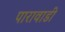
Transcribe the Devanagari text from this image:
पारावाडी